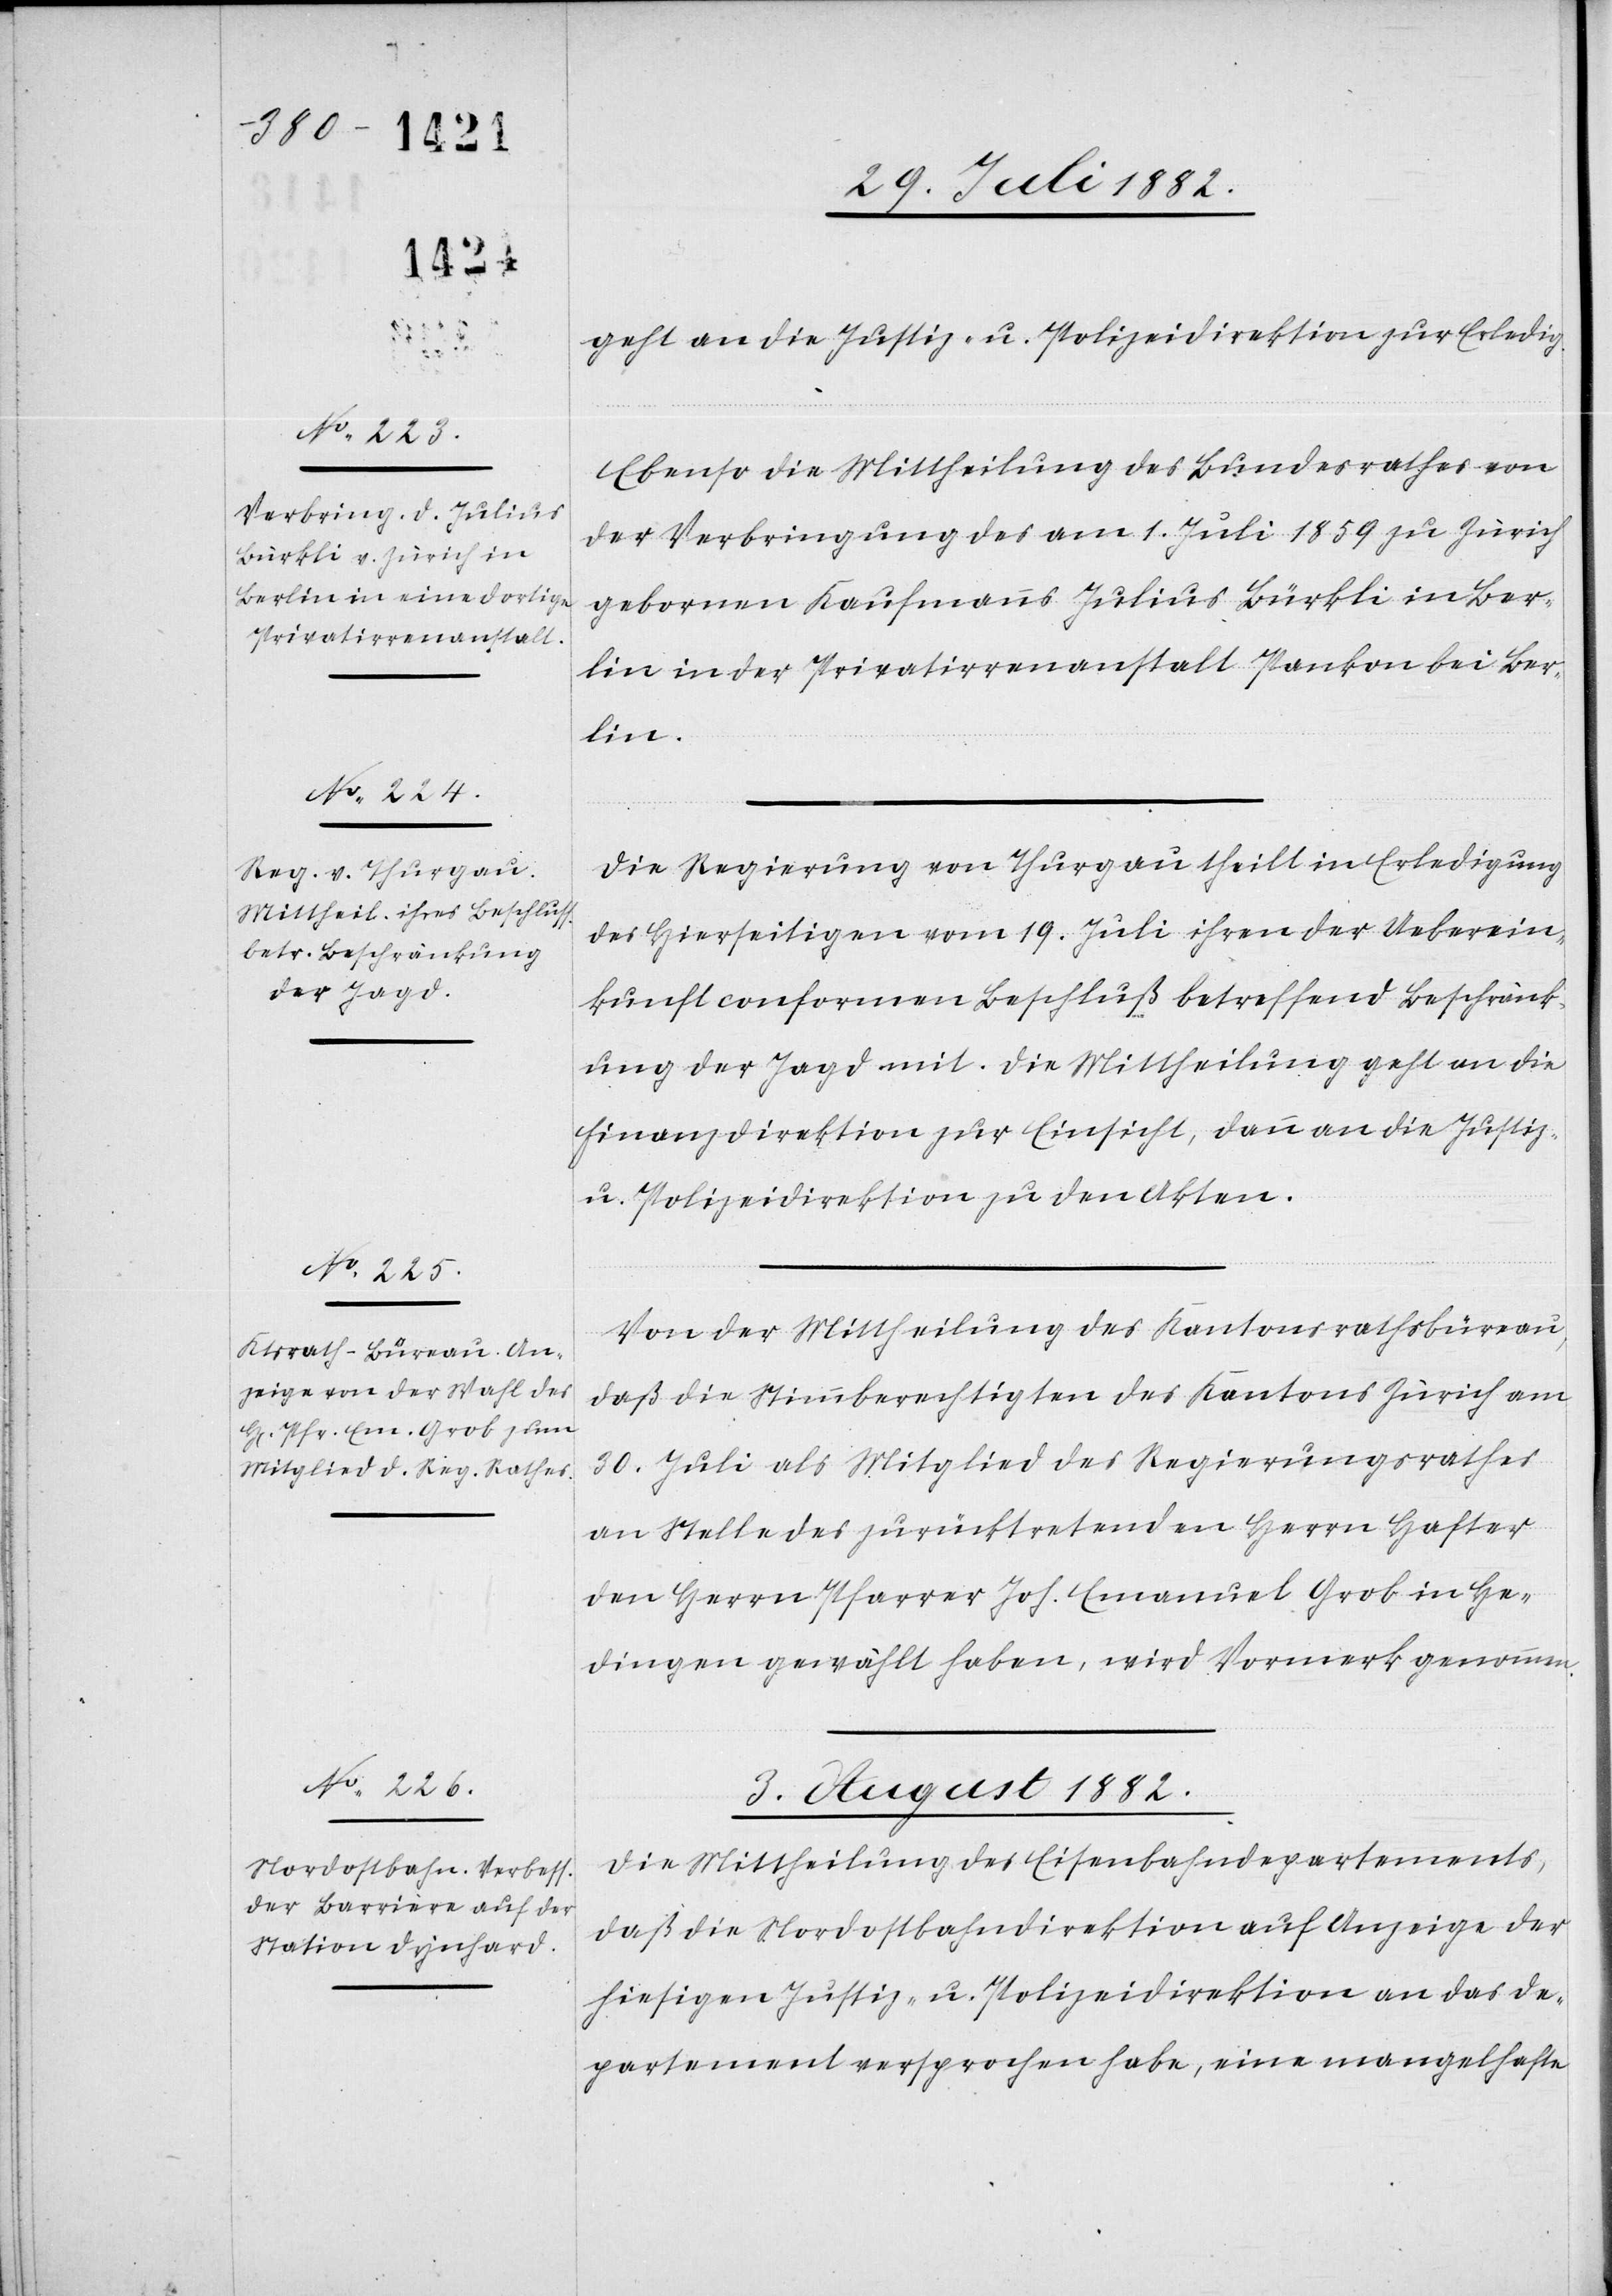
1882.]
en.

geht an die Justiz- & Polizeidirektion zur Erledig.
Ebenso die Mittheilung des Bundesrathes von
der Verbringung des am 1. Juli 1859 zu Zürich
gebornen Kaufmannes Julius Bürkli in Ber¬
lin in der Privatirrenanstalt Pankon bei Ber¬
lin.
Die Regierung von Thurgau theilt in Erledigung
des Hierseitigen vom 19. Juli ihren der Ueberein¬
kunft conformen Beschluß betreffend Beschränk¬
ung der Jagd mit. Die Mittheilung geht an die
Finanzdirektion zur Einsicht, dann an die Justiz-
& Polizeidirektion zu den Akten.
Von der Mittheilung des Kantonsrathsbüreau,
daß die Stimmberechtigten des Kantons Zürich am
30. Juli als Mitglied des Regierungsrathes
an Stelle des zurücktretenden Herrn Hafter
den Herrn Pfarrer Joh. Emanuel Grob in He¬
dingen gewählt haben, wird Vormerk genomm¬
3. August 1882.
Die Mittheilung des Eisenbahndepartements,
daß die Nordostbahndirektion auf Anzeige der
hiesigen Justiz- & Polizeidirektion an das De¬
partement versprochen habe, eine mangelhafte